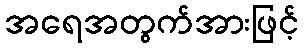
အရေအတွက်အားဖြင့်